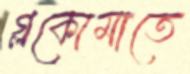
গ্লকোমাতে